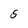
Character: S